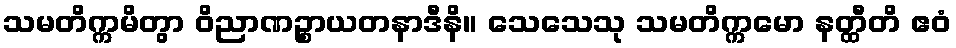
သမတိက္ကမိတွာ ဝိညာဏဉ္စာယတနာဒီနိ။ သေသေသု သမတိက္ကမော နတ္ထီတိ ဧဝံ